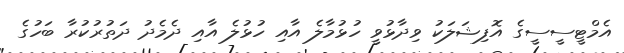
އެމްޓީސީސީގެ އޮފިޝަލަކު ވިދާޅުވީ ހުޅުމާލެ އާއި ހުޅުލެ އާއި ދެމެދު ދަތުރުކުރާ ބަހުގެ